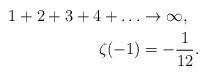
LaTeX: \begin{align*}1+2+3+4+\dots &\rightarrow \infty,\\\zeta_{}(-1) &= -\frac{1}{12}.\end{align*}